Scottish Leaving Certificate Examination, 1960
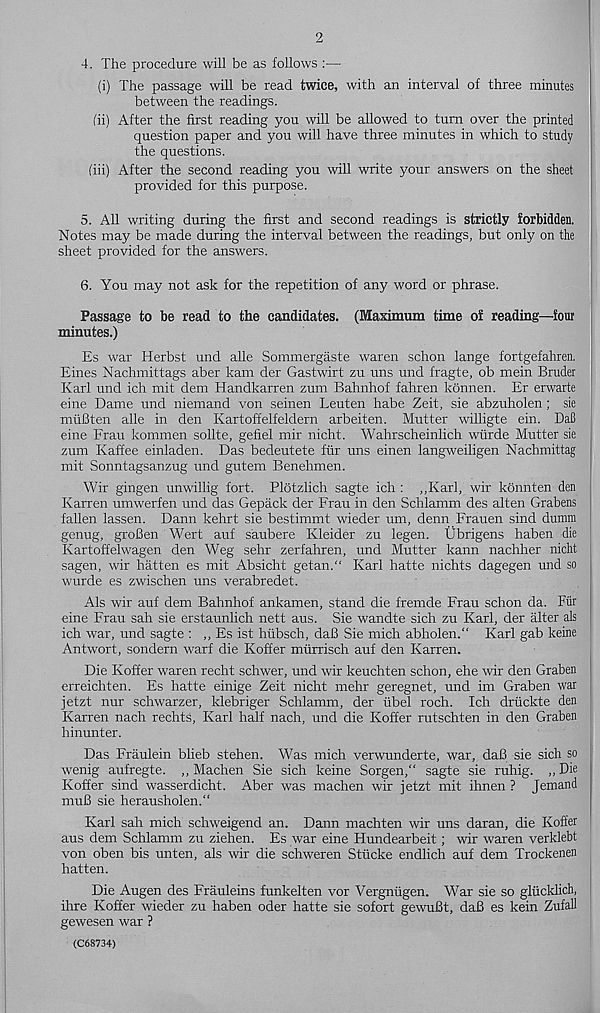
2
4. The procedure will be as follows :—
(i) The passage will be read twice, with an interval of three minutes
between the readings.
(ii) After the first reading you will be allowed to turn over the printed
question paper and you will have three minutes in which to study
the questions.
(iii) After the second reading you will write your answers on the sheet
provided for this purpose.
5. All writing during the first and second readings is strictly forbidden.
Notes may be made during the interval between the readings, but only on the
sheet provided for the answers.
6. You may not ask for the repetition of any word or phrase.
Passage to be read to the candidates. (Maximum time of reading—four
minutes.)
Es war Herbst und alle Sommergaste waren schon lange fortgefahren.
Eines Nachmittags aber kam der Gastwirt zu uns und fragte, ob mein Bruder
Karl und ich mit dem Handkarren zum Bahnhof fahren konnen. Er erwarte
eine Dame und niemand von seinen Leuten habe Zeit, sie abzuholen; sie
muBten alle in den Kartoffelfeldern arbeiten. Mutter willigte ein. DaB
eine Frau kommen sollte, gefiel mir nicht. Wahrscheinlich wiirde Mutter sie
zum Kaffee einladen. Das bedeutete fur uns einen langweiligen Nachmittag
mit Sonntagsanzug und gutem Benehmen.
Wir gingen unwillig fort. Plotzlich sagte ich : „Karl, wir konnten den
Karren umwerfen und das Gepack der Frau in den Schlamm des alten Grabens
fallen lassen. Dann kehrt sie bestimmt wieder um, denn Frauen sind dumm
genug, groBen Wert auf saubere Kleider zu legen. Ubrigens haben die
Kartoffelwagen den Weg sehr zerfahren, und Mutter kann nachher nicht
sagen, wir hatten es mit Absicht getan." Karl hatte nichts dagegen und so
wurde es zwischen uns verabredet.
Als wir auf dem Bahnhof ankamen, stand die fremde Frau schon da. Fur
eine Frau sah sie erstaunlich nett aus. Sie wandte sich zu Karl, der alter als
ich war, und sagte : ,, Es ist hiibsch, daB Sie mich abholen.' 1 Karl gab keine
Antwort, sondern warf die Koffer mtirrisch auf den Karren.
Die Koffer waren recht schwer, und wir keuchten schon, ehe wir den Graben
erreichten. Es hatte einige Zeit nicht mehr geregnet, und im Graben war
jetzt nur schwarzer, klebriger Schlamm, der iibel roch. Ich driickte den
Karren nach rechts, Karl half nach, und die Koffer rutschten in den Graben
hinunter.
Das Fraulein blieb stehen. Was mich verwunderte, war, daB sie sich so
wenig aufregte. „ Machen Sie sich keine Sorgen,“ sagte sie ruhig. ,, Die
Koffer sind wasserdicht. Aber was machen wir jetzt mit ihnen ? Jemand
muB sie herausholen."
Karl sah mich schweigend an. Dann machten wir uns daran, die Koffer
aus dem Schlamm zu ziehen. Es war eine Hundearbeit; wir waren verklebt
von oben bis unten, als wir die schweren Stiicke endlich auf dem Trockenen
hatten.
Die Augen des Frauleins funkelten vor Vergntigen. War sie so gliicklich,
ihre Koffer wieder zu haben oder hatte sie sofort gewuBt, daB es kein Zufall
gewesen war ?
(C68734)